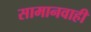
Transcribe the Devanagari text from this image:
सामानवाही